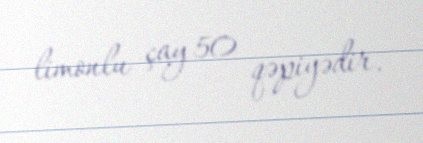
limonlu çay 50 qəpiyədir.